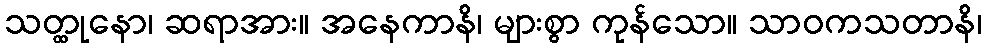
သတ္ထုနော၊ ဆရာအား။ အနေကာနိ၊ များစွာ ကုန်သော။ သာဝကသတာနိ၊